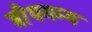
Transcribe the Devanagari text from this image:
बौधगम्य